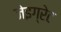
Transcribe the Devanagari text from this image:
जेइग्रेट